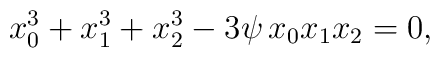
x_0^3 + x_1^3 + x_2^3 -3\psi\,x_0x_1x_2=0,